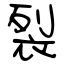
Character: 裂